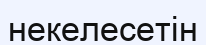
некелесетін